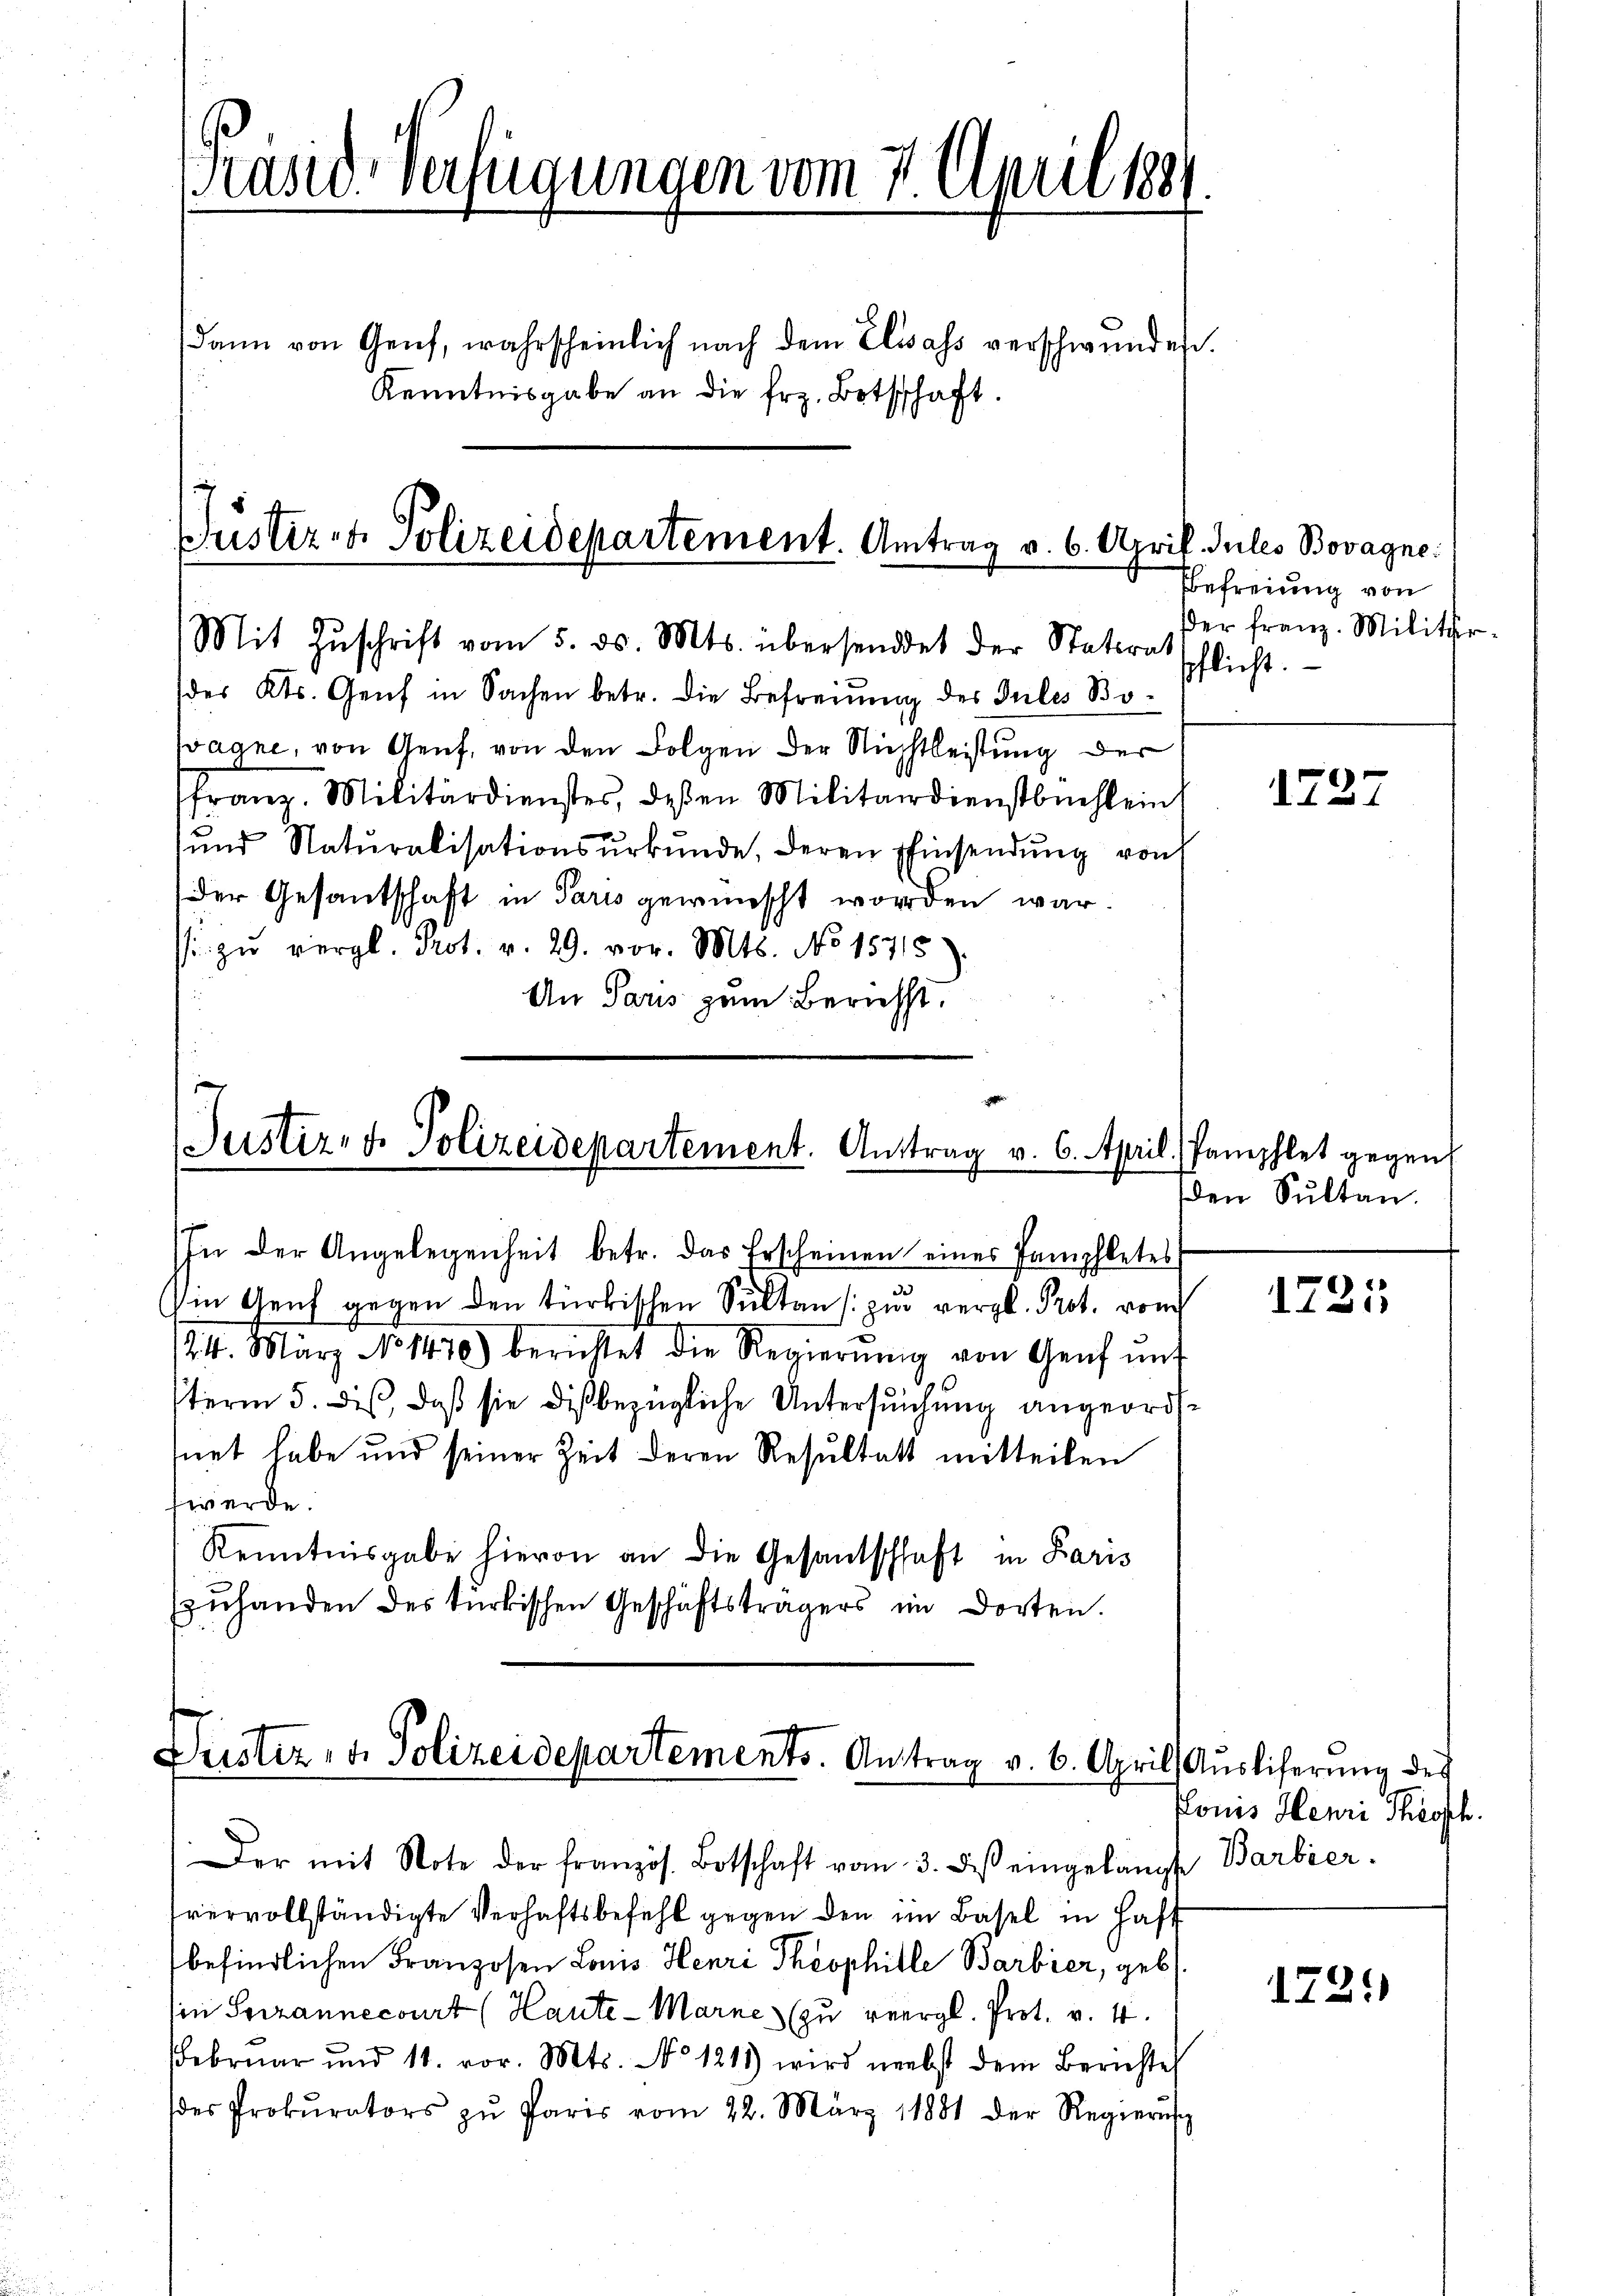
Präsid. Verfügungen vom 7. April 1881.

Kenntnisgabe an die frz. Botschaft.

(des Kts. Genf in Sachen betr. die Befreiung des Julis Bopagne, von Genf, von den Folgen der Nichtleistung der
franz. Militärdienstes, deßen Militärdienstbüchlein
ŭnd Natŭralisationsŭrkŭnde, deren Einsendŭng von
Der Gesandschaft in Paris gewünscht worden war.
s. zŭ vergl. Prot. v. 29. vor. Mts. No 15715.
An Paris zum Bericht.

Gustiz- & Polizeidepartement. Antrag v. 6. April. Julis Bovagne.
Mit Zŭschrift vom 5. ds. Mts. übersendet der Statirat

Justiz- & Polizeidepartement. Antrag v. 6. April

In der Angelegenheit betr. das Erscheinen eines Pamphletes
Iin Genf gegen den türkischen Sultan zur vergl. Prot. vom
/24. März No 1470) berichtet die Regierŭng von Genf mit
term 5. dis, daß sie dis bezügliche Untersuchung angeordnet habe und seiner Zeit deren Resultatt mitteilen
werde.
Kenntnisgabe hievon an die Gesantschhaft in Paris
zuhanden des türkischen Geschäftsträgers im dorten.

dann von Genf, wahrscheinlich nach dem Elsass verschwundet.

Duster, u. Polizeidepartements. Antrag v. 6. April

Der mit Note der französ. Botschaft vom 3. dβ eingelangt Barbier.
vervollständigte Verhaftsbefehl gegen den im Basel in Haft
befindlichen Franzosen Louis Henri Theophille Barbier, geb.
in Terrannecourt (Haute-Marne (zu vergl. Prot. v. 4.
FFebruar und 11. vor. Mts. No 1215) wird nebst dem Berichte
des Prokurators zŭ Paris vom 22. März 1881 der Regierŭng

Befreiung von
der Franz. Militär
pflicht.

1727

Pamphlet gegen
den Sultan

1231

(Ausliferung des
Ponis Henri Theosch.

1721)